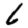
Digit: 6